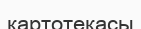
картотекасы